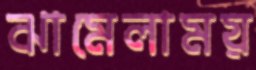
ঝামেলাময়